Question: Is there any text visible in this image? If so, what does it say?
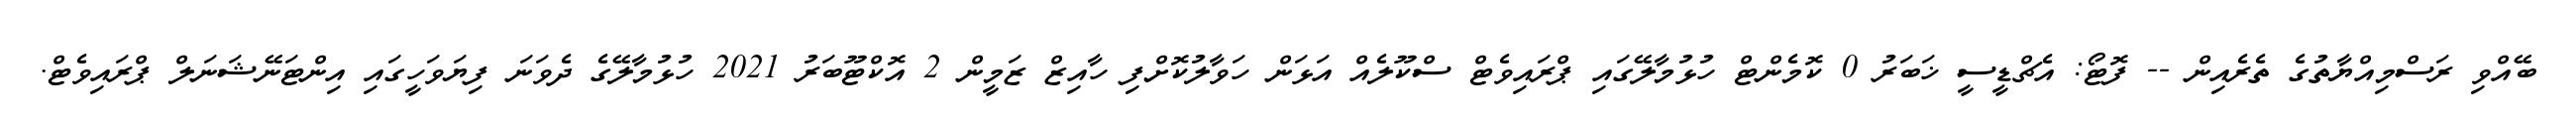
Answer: ބޭއްވި ރަސްމިއްޔާތުގެ ތެރެއިން -- ފޮޓޯ: އެޗްޑީސީ ޚަބަރު 0 ކޮމެންޓް ހުޅުމާލޭގައި ޕްރައިވެޓް ސްކޫލެއް އަޅަން ހަވާލުކޮށްފި ހާއިޒް ޒަމީން 2 އޮކްޓޫބަރު 2021 ހުޅުމާލޭގެ ދެވަނަ ފިޔަވަހީގައި އިންޓަނޭޝަނަލް ޕްރައިވެޓް.